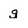
Character: g